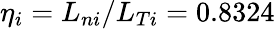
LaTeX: \eta_{i}=L_{ni}/L_{Ti}=0.8324